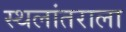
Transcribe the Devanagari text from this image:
स्थलांतराला